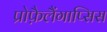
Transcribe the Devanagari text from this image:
प्रोफ़ैलैंगाप्सिस